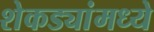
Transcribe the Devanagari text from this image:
शेकड्यांमध्ये